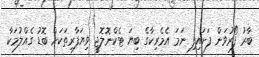
ބާރު ފޯރުވަން ފަށައިފި ނަމަ އެމެރިކާގެ ބިޔަ ޓެކްނޮލޮޖީ ވިޔަފާރިތަކަށް ބޮޑު ގެއްލުމަކާ